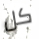
كل